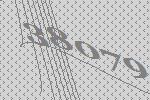
38079